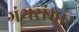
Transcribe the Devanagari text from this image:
ग्रंथसंभार